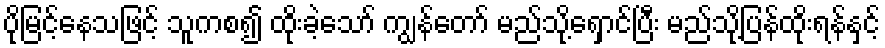
ပိုမြင့်နေသဖြင့် သူကစ၍ ထိုးခဲ့သော် ကျွန်တော် မည်သို့ရှောင်ပြီး မည်သို့ပြန်ထိုးရန်နှင့်